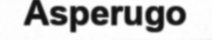
Asperugo